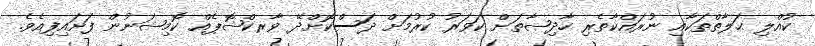
ކުއްލި ޙަލާތްތަކާއި ނުރައްކާތެރި ހާދިޞާތަށް ކަވަރު ކުރުމަށް ދަސްކޮށްދޭ ވާރކްޝޮޕެއް ކޮމިޝަނުން ފަށައިފިއެވެ.